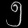
Digit: ၅